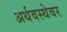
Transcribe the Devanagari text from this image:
अर्थवस्थेवर